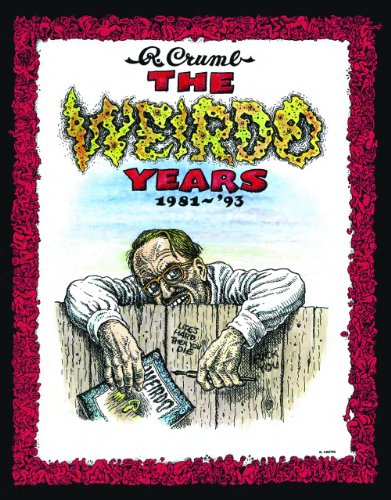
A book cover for The Weirdo Years by R. Crumb: 1981-'93; Robert Crumb; Comics & Graphic Novels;